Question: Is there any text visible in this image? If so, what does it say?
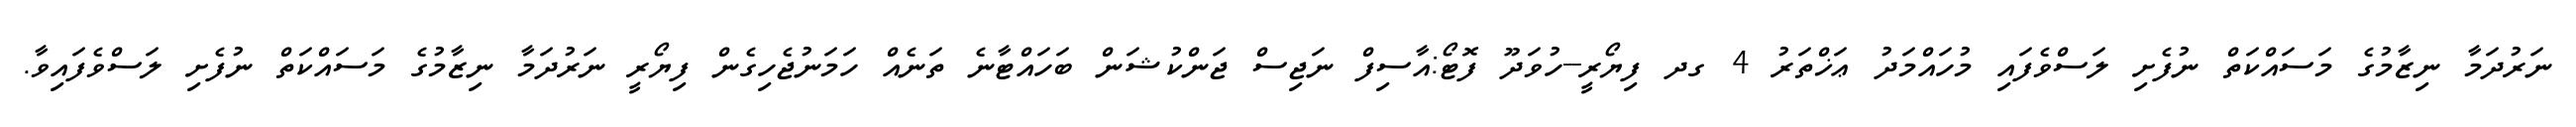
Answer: ނަރުދަމާ ނިޒާމުގެ މަސައްކަތް ނުފެށި ލަސްވެފައި މުހައްމަދު ޢަޚްތަރު 4 ގދ ފިޔޯރީ--ހުވަދޫ ފޮޓޯ:އާސިފް ނަޖިސް ޖަންކުޝަން ބަހައްޓާނެ ތަނެއް ހަމަނުޖެހިގެން ފިޔޯރީ ނަރުދަމާ ނިޒާމުގެ މަސައްކަތް ނުފެށި ލަސްވެފައިވާ.